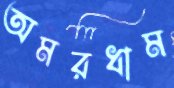
অমরধাম